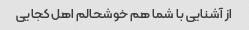
از آشنایی با شما هم خوشحالم اهل کجایی